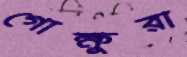
গোক্ষুরা